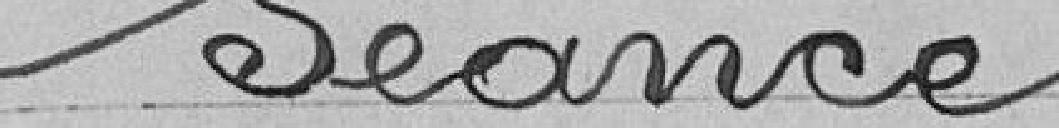
Séance